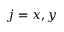
j = x , y